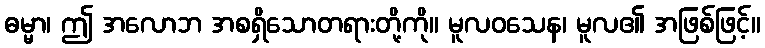
ဓမ္မာ၊ ဤ အလောဘ အစရှိသောတရားတို့ကို။ မူလဝသေန၊ မူလ၏ အဖြစ်ဖြင့်။